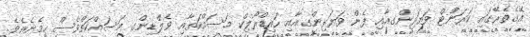
އޭގެތެރޭގައި ކަރަންޓް ވަޔަރިންގއާއި ފެން ވަޔަރިންގއާއި ހައިޑްރޯލިކް މަސައްކަތާއި ވެލްޑިންގ މަސައްކަތްވެސް ހިމެނެއެވެ.